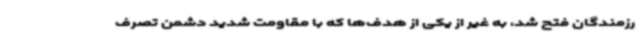
رزمندگان فتح شد، به غیر از یکی از هدف‌ها که با مقاومت شدید دشمن تصرف